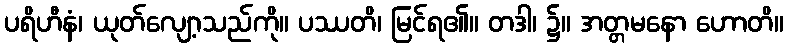
ပရိဟီနံ၊ ယုတ်လျော့သည်ကို။ ပဿတိ၊ မြင်ရ၏။ တဒါ၊ ၌။ အတ္တမနော ဟောတိ။